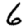
Digit: 6